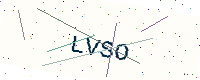
Text: LVSO